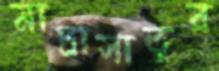
মাদ্রাসাতুর